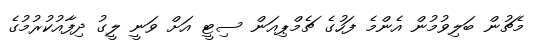
މެޗުން ބަލިވުމުން އެންމެ ފަހުގެ ޗެމްޕިއަން ސިޓީ އަށް ވަނީ ލީގު ދިފާއުކުރުމުގެ